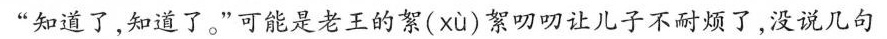
“知道了。”可能是老王的絮( xù )絮叨叨让儿子不耐烦了，没说几句